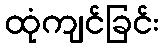
ထုံကျင်ခြင်း